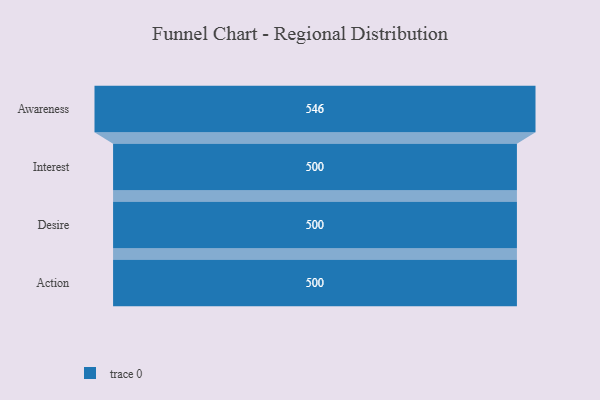
{"axis": {"x": "Stage", "y": "Value"}, "legend": [""], "data": [{"x": "Awareness", "y": 546.0, "type": ""}, {"x": "Interest", "y": 500, "type": ""}, {"x": "Desire", "y": 500, "type": ""}, {"x": "Action", "y": 500, "type": ""}]}